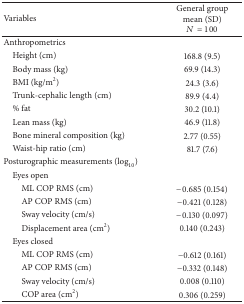
<table><thead><tr><td><b>Variables</b></td><td><b>General groupmean (SD) <i>N</i> = 100</b></td></tr></thead><tbody><tr><td>Anthropometrics </td><td> </td></tr><tr><td> Height (cm)</td><td>168.8 (9.5) </td></tr><tr><td> Body mass (kg)</td><td>69.9 (14.3)</td></tr><tr><td> BMI (kg/m<sup>2</sup>)</td><td>24.3 (3.6)</td></tr><tr><td> Trunk-cephalic length (cm)</td><td>89.9 (4.4)</td></tr><tr><td> % fat</td><td>30.2 (10.1)</td></tr><tr><td> Lean mass (kg)</td><td>46.9 (11.8)</td></tr><tr><td> Bone mineral composition (kg)</td><td>2.77 (0.55)</td></tr><tr><td> Waist-hip ratio (cm)</td><td>81.7 (7.6)</td></tr><tr><td>Posturographic measurements (log<sub>10</sub>⁡)</td><td> </td></tr><tr><td> Eyes open </td><td> </td></tr><tr><td>ML COP RMS (cm) </td><td>−0.685 (0.154)</td></tr><tr><td>AP COP RMS (cm)</td><td>−0.421 (0.128)</td></tr><tr><td>Sway velocity (cm/s) </td><td>−0.130 (0.097)</td></tr><tr><td>Displacement area (cm<sup>2</sup>)</td><td>0.140 (0.243)</td></tr><tr><td> Eyes closed</td><td> </td></tr><tr><td>ML COP RMS (cm) </td><td>−0.612 (0.161)</td></tr><tr><td>AP COP RMS (cm)</td><td>−0.332 (0.148)</td></tr><tr><td>Sway velocity (cm/s) </td><td>0.008 (0.110)</td></tr><tr><td>COP area (cm<sup>2</sup>)</td><td>0.306 (0.259)</td></tr></tbody></table>